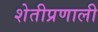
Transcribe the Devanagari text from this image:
शेतीप्रणाली